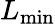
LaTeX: L_{\mathrm{min}}